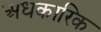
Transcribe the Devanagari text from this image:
अधकारिक